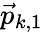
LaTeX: \vec{p}_{k,1}